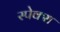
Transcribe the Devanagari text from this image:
स्पेक्स